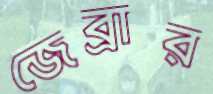
জেব্রার